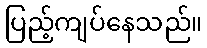
ပြည့်ကျပ်နေသည်။